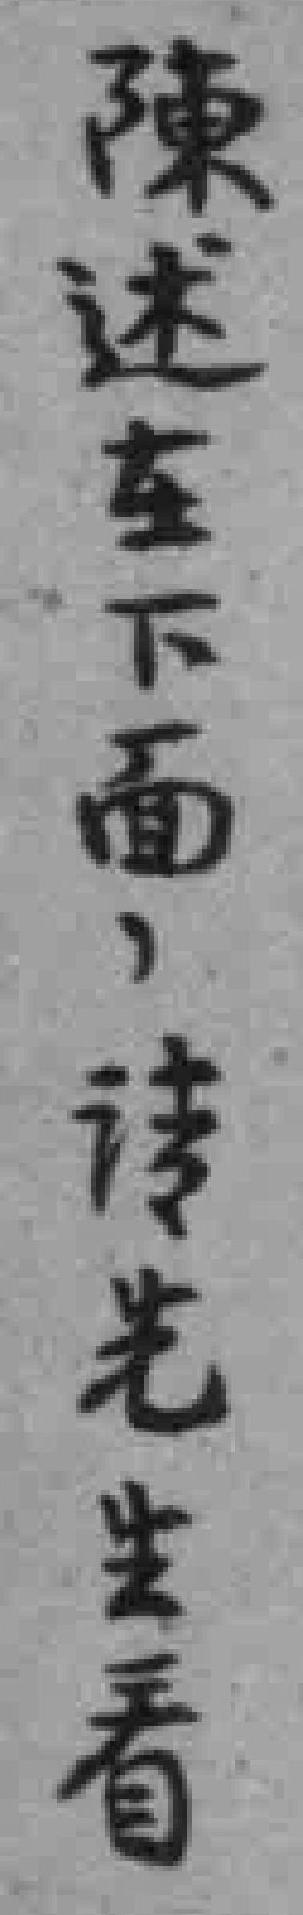
陈述在下面，请先生看